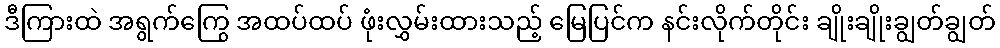
ဒီကြားထဲ အရွက်ကြွေ အထပ်ထပ် ဖုံးလွှမ်းထားသည့် မြေပြင်က နင်းလိုက်တိုင်း ချိုးချိုးချွတ်ချွတ်